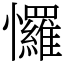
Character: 㦬